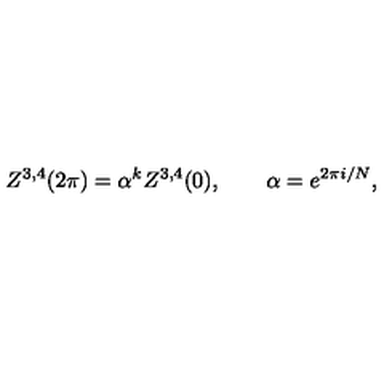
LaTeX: Z ^ { 3 , 4 } ( 2 \pi ) = \alpha ^ { k } Z ^ { 3 , 4 } ( 0 ) , \qquad \alpha = e ^ { 2 \pi i / N } ,